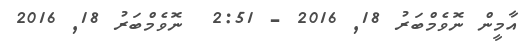
އާމީން ނޮވެމްބަރު 18